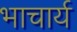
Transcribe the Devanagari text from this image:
भाचार्य